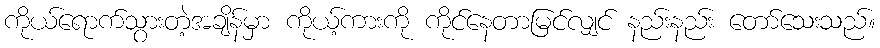
ကိုယ်ရောက်သွားတဲ့အချိန်မှာ ကိုယ့်ကားကို ကိုင်နေတာမြင်လျှင် နည်းနည်း တော်သေးသည်။